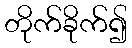
တိုက်ခိုက်၍